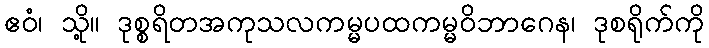
ဧဝံ၊ သို့။ ဒုစ္စရိတအကုသလကမ္မပထကမ္မဝိဘာဂေန၊ ဒုစရိုက်ကို